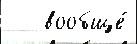
   вообще́